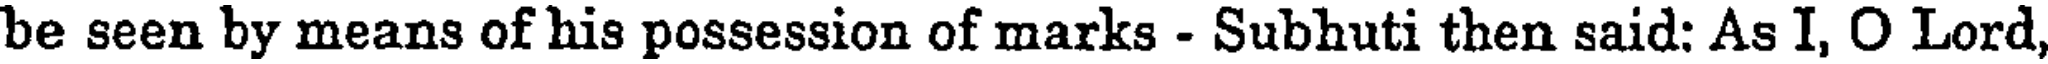
be seen by means of his possession of marks - Subhuti then said: As I, O Lord,